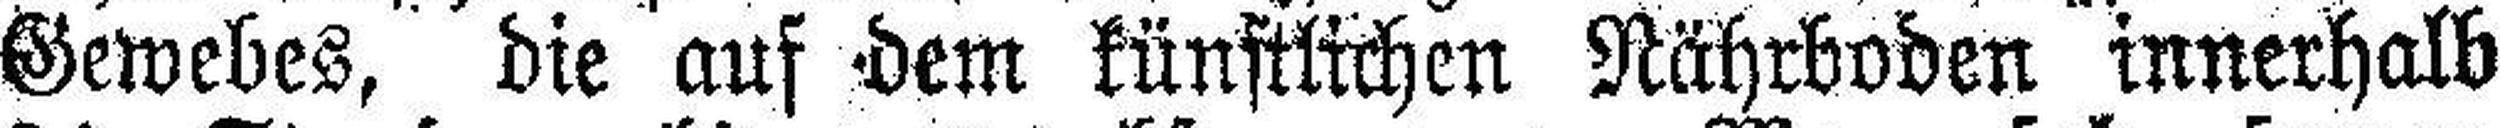
Gewebes, die auf dem künstlichen Nährboden innerhalb